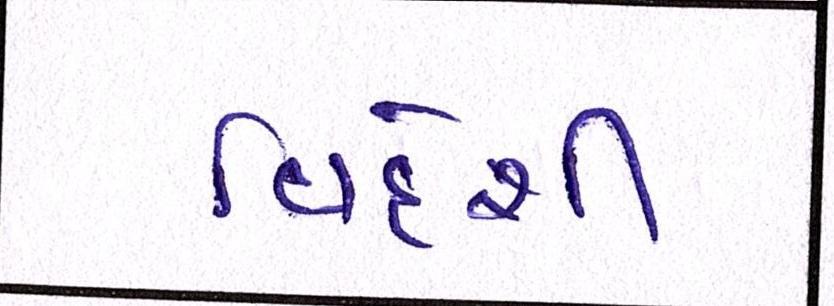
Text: વિદેશી